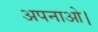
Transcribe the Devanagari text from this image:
अपनाओ।